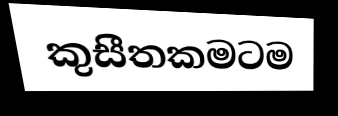
කුසීතකමටම